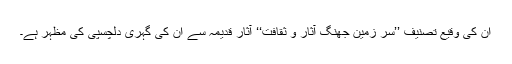
ان کی وقیع تصنیف ’’سر زمین جھنگ آثار و ثقافت‘‘ آثار قدیمہ سے ان کی گہری دلچسپی کی مظہر ہے۔